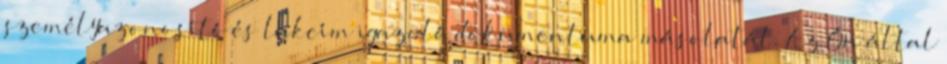
személyazonosító és lakcím igazoló dokumentuma másolatát. Az Ön által